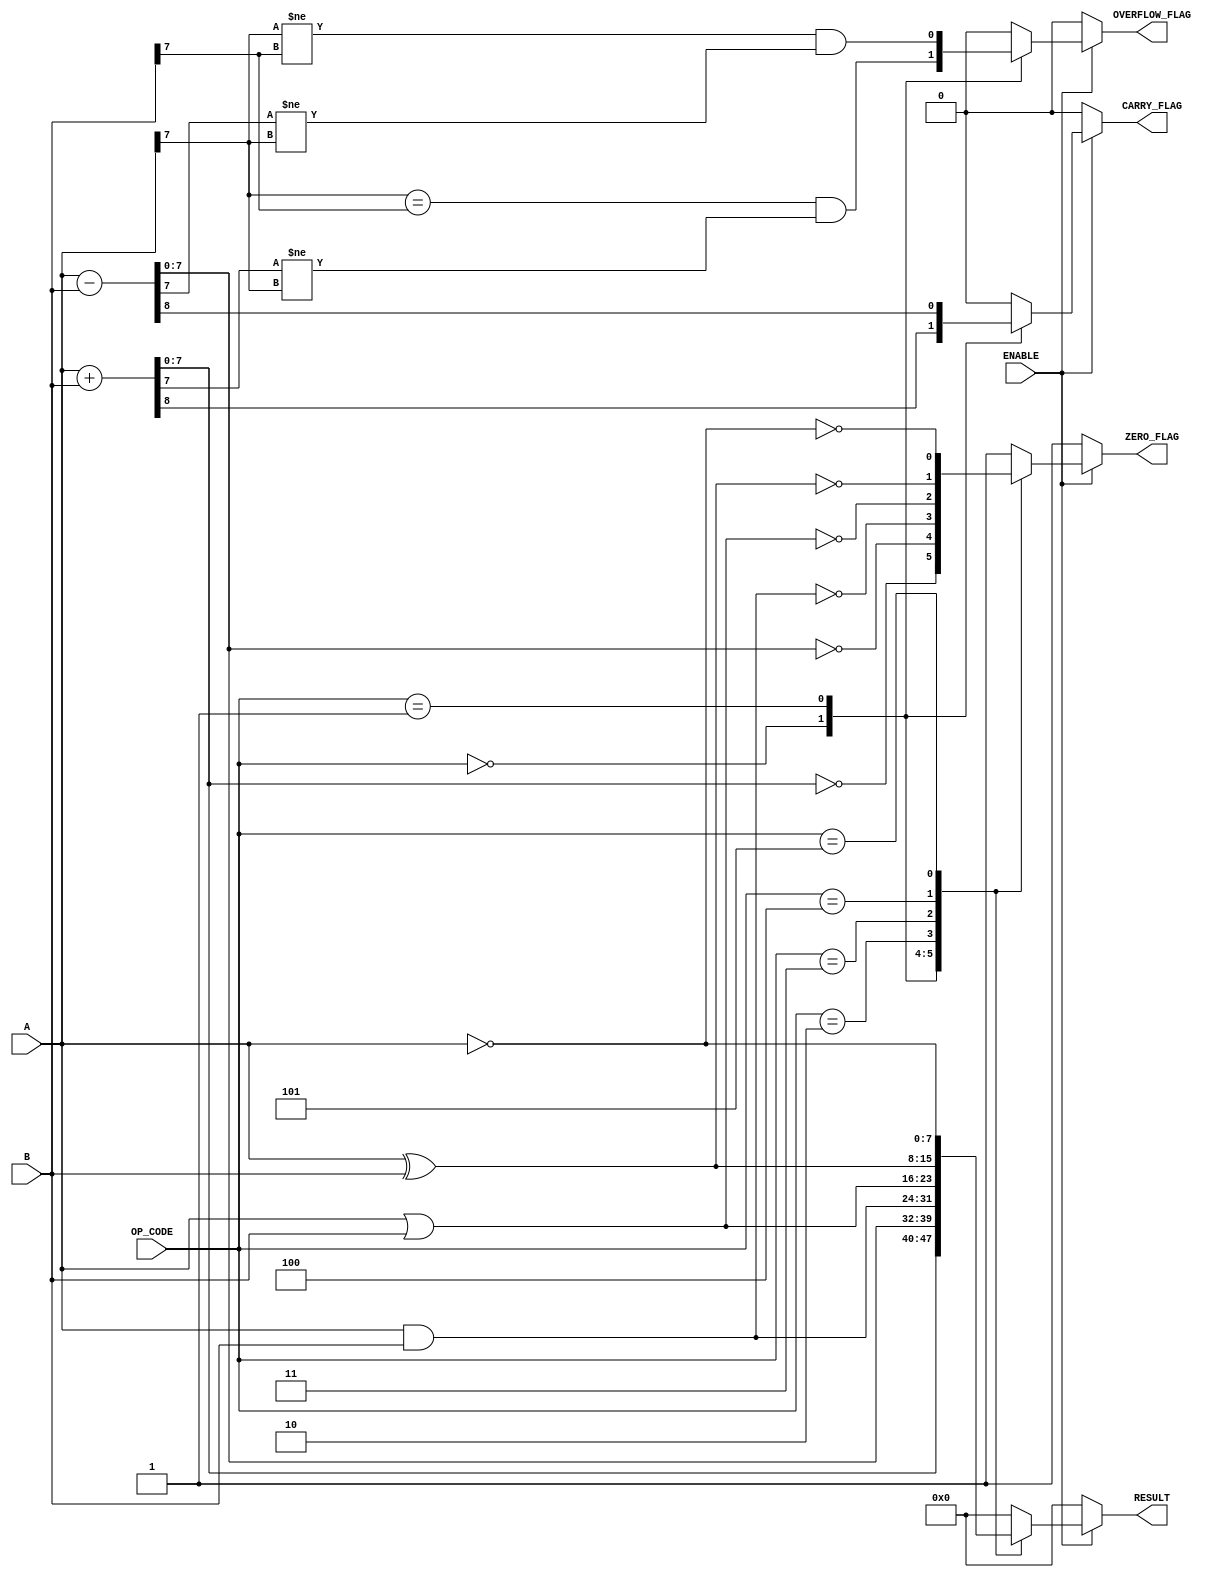
module ParameterizedALU #(
    parameter DATA_WIDTH = 8, // Width of the input and output data buses
    parameter OPERATION_MODE = 4 // Number of operations supported (adjust as needed)
)(
    input  wire [DATA_WIDTH-1:0] A,        // Input operand A
    input  wire [DATA_WIDTH-1:0] B,        // Input operand B
    input  wire [OPERATION_MODE-1:0] OP_CODE, // Control signal for operation selection
    input  wire ENABLE,                     // Enable signal
    output reg [DATA_WIDTH-1:0] RESULT,    // Output result
    output reg ZERO_FLAG,                   // Zero flag
    output reg CARRY_FLAG,                  // Carry flag
    output reg OVERFLOW_FLAG                 // Overflow flag
);

    // Define operation codes
    localparam ADD      = 4'b0000;
    localparam SUB      = 4'b0001;
    localparam AND      = 4'b0010;
    localparam OR       = 4'b0011;
    localparam XOR      = 4'b0100;
    localparam NOT      = 4'b0101;
    localparam MUL      = 4'b0110; // Optional
    localparam DIV      = 4'b0111; // Optional

    always @(*) begin
        if (ENABLE) begin
            case (OP_CODE)
                ADD: begin
                    {CARRY_FLAG, RESULT} = A + B; // Capture carry out
                    ZERO_FLAG = (RESULT == 0);
                    OVERFLOW_FLAG = (A[DATA_WIDTH-1] == B[DATA_WIDTH-1]) && (RESULT[DATA_WIDTH-1] != A[DATA_WIDTH-1]);
                end
                SUB: begin
                    {CARRY_FLAG, RESULT} = A - B; // Capture borrow as carry
                    ZERO_FLAG = (RESULT == 0);
                    OVERFLOW_FLAG = (A[DATA_WIDTH-1] != B[DATA_WIDTH-1]) && (RESULT[DATA_WIDTH-1] != A[DATA_WIDTH-1]);
                end
                AND: begin
                    RESULT = A & B;
                    ZERO_FLAG = (RESULT == 0);
                    CARRY_FLAG = 0;
                    OVERFLOW_FLAG = 0;
                end
                OR: begin
                    RESULT = A | B;
                    ZERO_FLAG = (RESULT == 0);
                    CARRY_FLAG = 0;
                    OVERFLOW_FLAG = 0;
                end
                XOR: begin
                    RESULT = A ^ B;
                    ZERO_FLAG = (RESULT == 0);
                    CARRY_FLAG = 0;
                    OVERFLOW_FLAG = 0;
                end
                NOT: begin
                    RESULT = ~A; // NOT operation on A
                    ZERO_FLAG = (RESULT == 0);
                    CARRY_FLAG = 0;
                    OVERFLOW_FLAG = 0;
                end
                // Additional operations (MUL, DIV) can be implemented here
                default: begin
                    RESULT = 0;
                    ZERO_FLAG = 1;
                    CARRY_FLAG = 0;
                    OVERFLOW_FLAG = 0;
                end
            endcase
        end else begin
            RESULT = 0;
            ZERO_FLAG = 1;
            CARRY_FLAG = 0;
            OVERFLOW_FLAG = 0;
        end
    end

endmodule